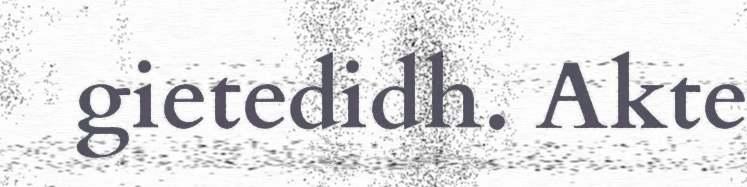
gietedidh. Akte